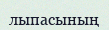
лыпасының